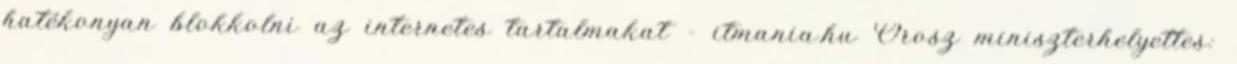
hatékonyan blokkolni az internetes tartalmakat - itmania.hu Orosz miniszterhelyettes: